King Institute of Preventive Medicine Bacteriolog. Section reports 1907-08
Year: 1907
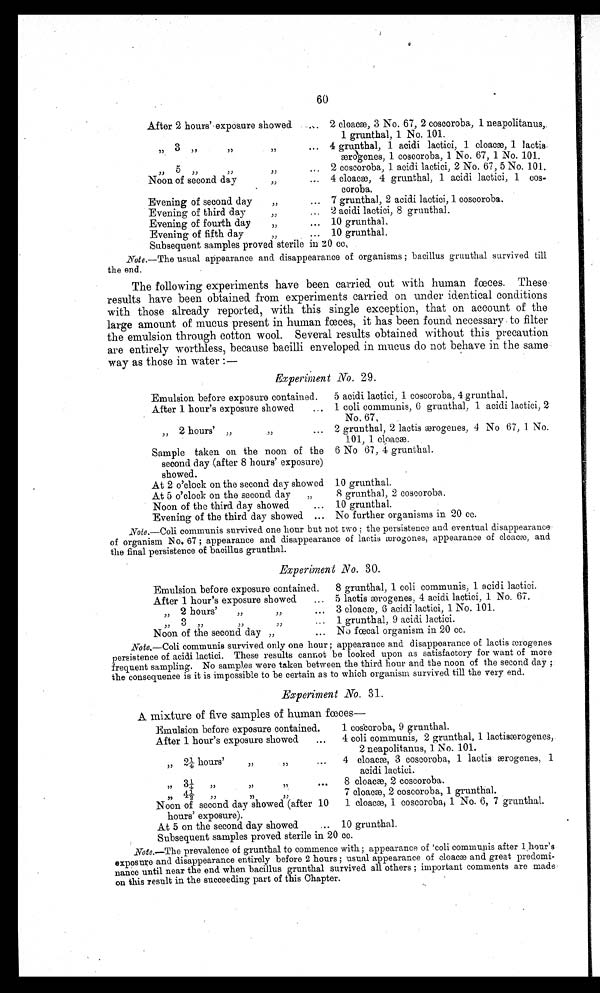
60
After 2 hours'exposure showed.
2 cloacae, 3 No. 67, 2 coseoroba, 1 neapolitanus,
1 grunthal, 1 No. 101.
3
,,
4 grunthal, 1 acidi lactici, 1 cloacm, 1 lactis.
æærogenes, 1 coscoroba, 1 No. 67, 1 No. 101.
2 coscoroba, 1 acidi lactici, 2 No. 67, 5 No. 101.
, ,
Noon of second day
... 4 cloaca, 4 grunthal, 1 acidi lactici, 1 cos-
'
coroba.
Evening of second day
„
7 grunthal, 2 acidi lactici, 1 coscoroba.
Evening of third day
2 acidi lactici, 8 grunthal.
Evening of fourth day
... 10 grunthal.
Evening of fifth day
,,
. . 10 grunthal.
Subsequent samples proved sterile in 20 cc,
Note.—The usual appearance and disappearance of organisms ; bacillus gruntlhal survived till
the end.
The following experiments have been carried. out with human feces. These
results have been obtained from experiments carried on under identical conditions
with those already reported., with this single exception, that on account of the
large amount of mucus present in human feces, it has been found. necessary to filter
the emulsion through cotton wool. Several results obtained without this precaution
are entirely worthless, because bacilli enveloped. in mucus do not behave in the same
way as those in water :—
Experiment No. 29.
Emulsion before exposure contained.
5 acidi lactici, 1 coseoroba, 4 grunthal,
After 1 hour's exposure showed
... 1 coli communis, 6 grunthal, 1 acidi lactici, 2
No. 67,
2 hours'
2 grunthal, 2 lactis ærogenes, 4 No 67, 1 No.
, ,
101, 1 cloacae.
Sample taken on the noon of the 6 No 67, 4 grunthal.
second day (after 8 hours' exposure)
showed.
At 2 o'clock on the second day showed 10 grunthal.
At 5 o'clock on the second. day
„
S grunthal, 2 coseoroba.
Noon of the third. day showed
10 grunthal.
Evening of the third. day showed. ... No further organisms in 20 cc.
Note.—Coli communis survived one hour but not two the persistence and eventual disappearance
of organism No. 67 ; appearance and disappearance of lactis æogones, appearance of cloacæ, and
the final persistence of bacillus grunthal.
Experiment N o. 30.
Emulsion before exposure contained.
8 grunthal, 1 coli communis, 1 acidi lactici.
After 1 hour's exposure showed
... 5 lactis æærogenes, 4 acidi lactici, 1 No. 67.
„ 2 hours'
„
3 cloacae, 6 acidi lactici, 1 No. 101.
3 ,,
1 grunthal, 9 acidi lactici.
Noon of the second day „
... No fecal organism in 20 cc.
communis survived only one hour ; appearance and. disappearance of lactis æærogenes
persistence of acidi lactici. These results cannot be looked upon as satisfactory for want of more
frequent sampling. No samples were taken between the third hour and the noon of the second day ;:
the consequence is it is impossible to be certain as to which organism survived till the very end.
Experiment No. 31.
A mixture of five samples of human feces
Emulsion before exposure contained.
1 coscoroba, 9 grunthal.
After 1 hour's exposure showed
...
4 coli communis, 2 grunthal, 1 lactiscerogenes,.
2 neapolitanus, 1 No. 101.
2 1/4
hours
,,
4 cloaca', 3 coscoroba, 1 lactis æærogenes, 1
,,
...
acidi lactici.
3 1/4 ,, ,, ,, 8 cloacae,2 eoscoroba.
4 1/2 cloacae,2 eoscoroba, 1 grunthal.
,,
, ,
2
Noon of second. day showed (after 10
1 cloaca, 1 eoscoroba, 1 No. 6, 7 grunthal.
hours' exposure).
At 5 on the second day showed
... 10 grunthal.
Subsequent samples proved sterile in 20 cc.
Note.—The prevalence of grunthal to commence with ; appearance of 'coli communis after 1 hour's
exposure and disappearance entirely before 2 hours ; usual appearance of cloacae and great predomi-
nance until near the end when bacillus grunthal survived all others ; important comments are made
on this result in the succeeding part of this Chapter.